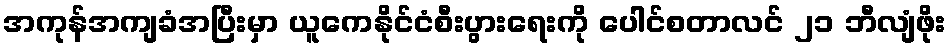
အကုန်အကျခံအပြီးမှာ ယူကေနိုင်ငံစီးပွားရေးကို ပေါင်စတာလင် ၂၁ ဘီလျံဖိုး